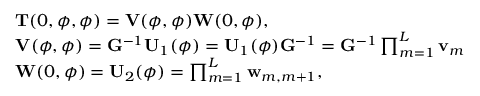
\begin{array} { r l } & { \mathbf { T } ( 0 , \phi , \phi ) = \mathbf { V } ( \phi , \phi ) \mathbf { W } ( 0 , \phi ) , } \\ & { \mathbf { V } ( \phi , \phi ) = \mathbf { G } ^ { - 1 } \mathbf { U } _ { 1 } ( \phi ) = \mathbf { U } _ { 1 } ( \phi ) \mathbf { G } ^ { - 1 } = \mathbf { G } ^ { - 1 } \prod _ { m = 1 } ^ { L } \mathbf { v } _ { m } } \\ & { \mathbf { W } ( 0 , \phi ) = \mathbf { U } _ { 2 } ( \phi ) = \prod _ { m = 1 } ^ { L } \mathbf { w } _ { m , m + 1 } , } \end{array}